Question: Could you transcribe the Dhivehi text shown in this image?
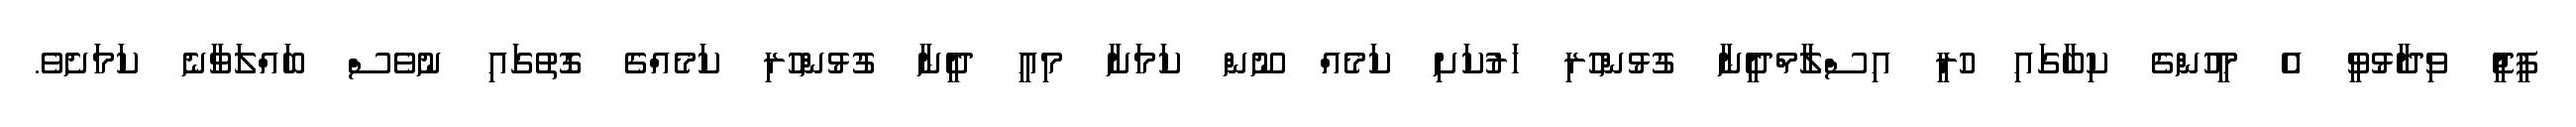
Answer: ޕީޖީ ވިދާޅުވީ އެ މީހުންގެ ކިބާގައި ހުރީ އިސްލާމްދީނާ ގުޅުންހުރި ހަރުކަށި ކަމެއް ނޫން ކަމަށާ މިއީ ދީނާ ގުޅުންހުރި ކަމެއްގެ ގޮތުގައި ނުވެސް ބައްލަވާނެ ކަމަށެވެ.